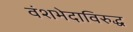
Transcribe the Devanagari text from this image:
वंशभेदाविरुद्ध